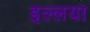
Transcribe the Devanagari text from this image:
इल्लया